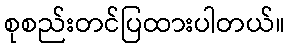
စုစည်းတင်ပြထားပါတယ်။